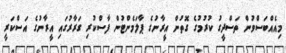
މިއެއްބަސްވުން ތަސްދީގު ކުރުމުގެ ގޮތުން އީރާނުގެ ޕާލަމެންޓުން ފާސްކުރި ގަރާރުގައި އީރާނުގެ އަސްކަރީ